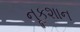
નૂકશાન